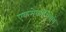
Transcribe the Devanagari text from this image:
एकमेकांशिवाय